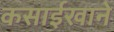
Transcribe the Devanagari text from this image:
कसाईखाने